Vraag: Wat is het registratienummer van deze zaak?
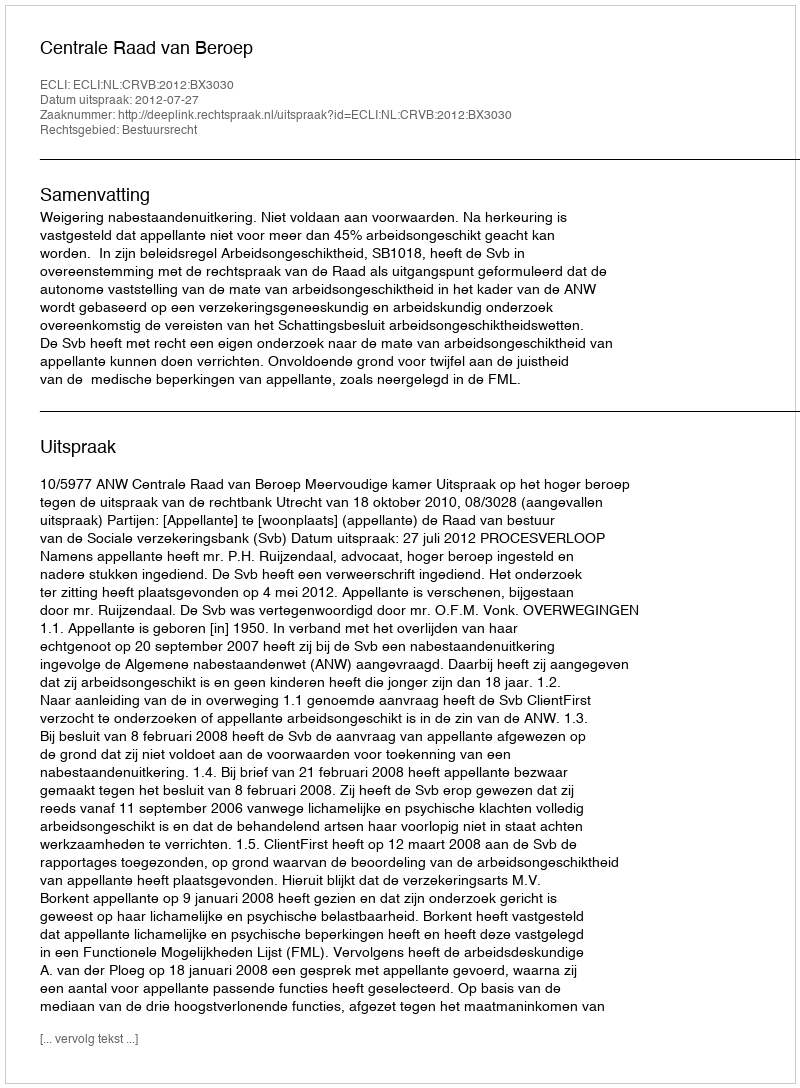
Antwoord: http://deeplink.rechtspraak.nl/uitspraak?id=ECLI:NL:CRVB:2012:BX3030